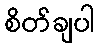
စိတ်ချပါ